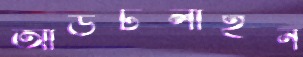
আউটলাইন